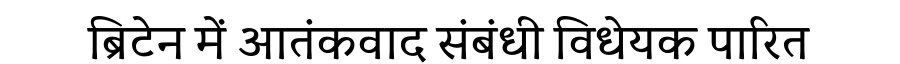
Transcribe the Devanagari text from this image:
ब्रिटेन में आतंकवाद संबंधी विधेयक पारित